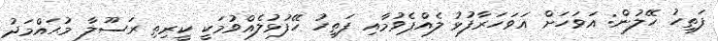
ފަތިހު ހޭލުން: އަވަހަށް އަވަހަރާފުޅު ލެއްޕެވުމާއި ފަތިހު ހޭފުޅުލެއްވުމަކީ ކީރިތި ރަސޫލާ މުޙައްމަދު